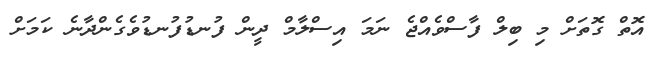
އޮތް ގޮތަށް މި ބިލް ފާސްވެއްޖެ ނަމަ އިސްލާމް ދީން ފުނޑުފުނޑުވެގެންދާނެ ކަމަށް